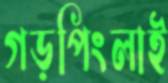
গড়পিংলাই